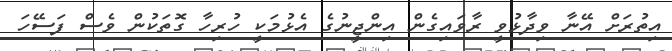
އިތުރަށް އޭނާ ވިދާޅުވީ ރާވައިގެން އިންޖީނުގެ އެޅުމަކީ ހުރިހާ ގޮތަކުން ވެސް ފަސޭހަ